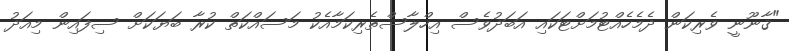
"ޤާނޫނީ ވެރިކަން ދެމެހެއްޓުމަށްޓަކައި އަބަދުވެސް އިހްލާސްތެރިކަމާއެކު މަސައްކަތް ކުރާ ބަޔަކަށް ސިފައިން މިއަދު